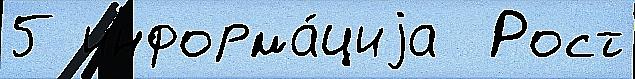
5 информа́циjа  Рост